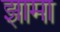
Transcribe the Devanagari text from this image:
झामा